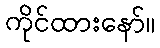
ကိုင်ထားနော်။